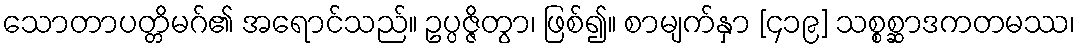
သောတာပတ္တိမဂ်၏ အရောင်သည်။ ဥပ္ပဇ္ဇိတွာ၊ ဖြစ်၍။ စာမျက်နှာ [၄၁၉] သစ္စစ္ဆာဒကတမဿ၊